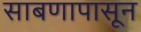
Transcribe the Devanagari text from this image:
साबणापासून